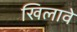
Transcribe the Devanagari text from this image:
खिलावे